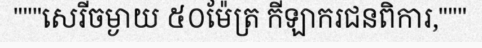
"""សេរីចម្ងាយ ៥០ម៉ែត្រ កីឡាករជនពិការ,"""